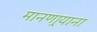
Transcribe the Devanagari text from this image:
मानणार्‍याना